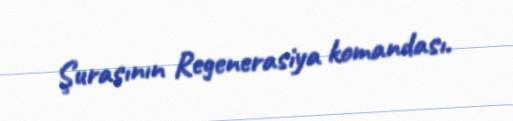
Şurasının Regenerasiya komandası.